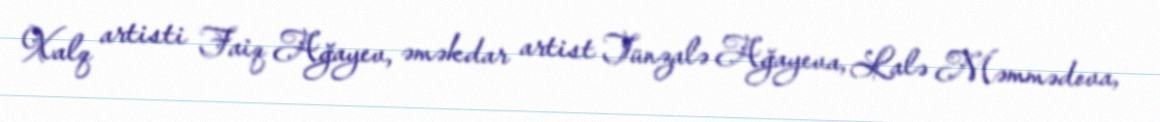
Xalq artisti Faiq Ağayev, əməkdar artist Tünzalə Ağayeva, Lalə Məmmədova,